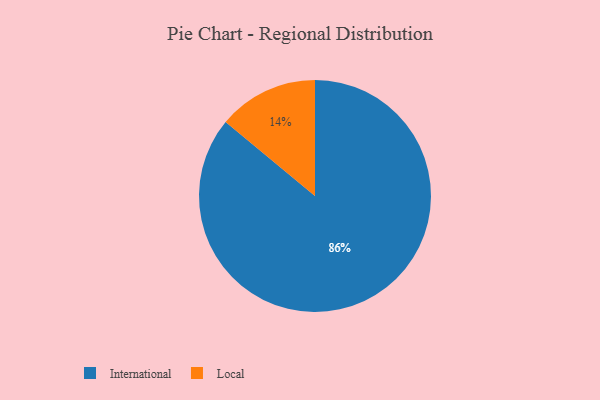
{"axis": {"x": "Category", "y": "Percentage"}, "legend": ["International", "Local"], "data": [{"x": "International", "y": 86, "type": "International"}, {"x": "Local", "y": 14, "type": "Local"}]}